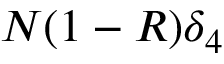
N ( 1 - R ) \delta _ { 4 }